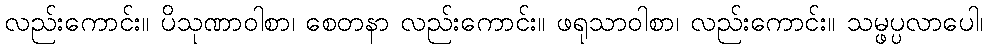
လည်းကောင်း။ ပိသုဏာဝါစာ၊ စေတနာ လည်းကောင်း။ ဖရုသာဝါစာ၊ လည်းကောင်း။ သမ္ဖပ္ပလာပေါ၊